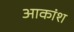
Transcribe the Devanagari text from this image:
आकांश